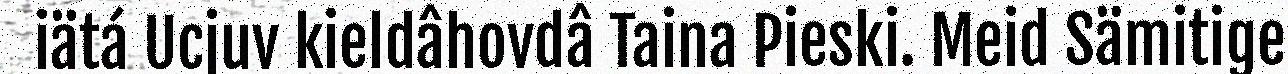
iätá Ucjuv kieldâhovdâ Taina Pieski. Meid Sämitige